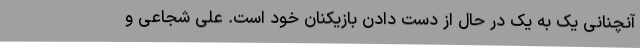
آنچنانی یک به یک در حال از دست دادن بازیکنان خود است. علی شجاعی و